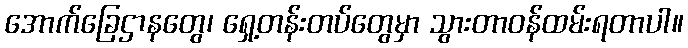
အောက်ခြေဌာနတွေ၊ ရှေ့တန်းတပ်တွေမှာ သွားတာဝန်ထမ်းရတာပါ။